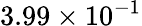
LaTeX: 3.99\times 10^{-1}